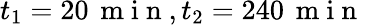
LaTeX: t_{1}=20\, \mathrm{~m~i~n~},t_{2}=240\, \mathrm{~m~i~n~}